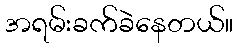
အရမ်းခက်ခဲနေတယ်။